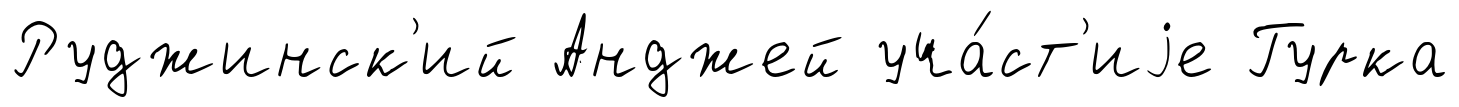
Руджинск'ий Анджей уча́ст'иjе Гурка